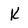
Character: k